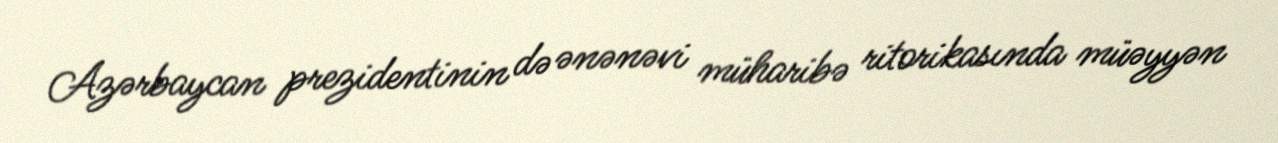
Azərbaycan prezidentinin də ənənəvi müharibə ritorikasında müəyyən